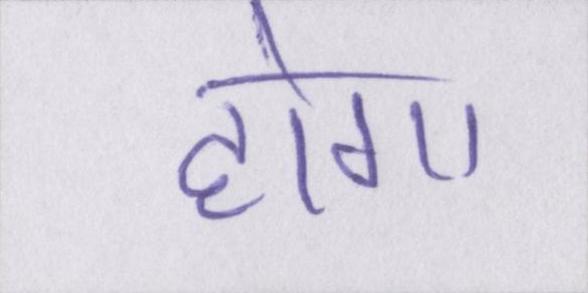
होगा